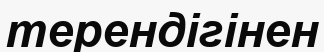
терендігінен